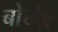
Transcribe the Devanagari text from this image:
बोयेड